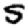
Digit: 5